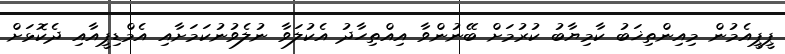
ޕީޕީއެމުން މިއިންތިޚަބު ކާމިޔާބު ކުރުމަށް ބޭނުންވާ އިއްތިހާދު އެކުލަވާ ނުލެވުނުކަމަށާއި އެމްޑިޕީއާއި ދެކޮޅަށް